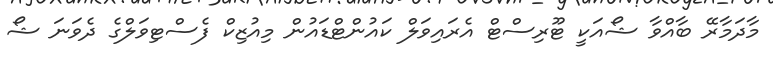
މާދަމާރޭ ބާއްވާ ޝޯއަކީ ޓޫރިސްޓް އެރައިވަލް ކައުންޓްޑައުން މިއުޒިކް ފެސްޓިވަލްގެ ދެވަނަ ޝޯ